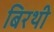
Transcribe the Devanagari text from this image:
बिरथी